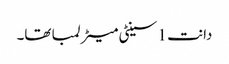
دانت 1 سینٹی میٹر لمبا تھا۔